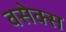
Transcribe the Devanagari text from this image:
वसेक्स